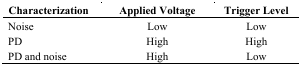
<table><thead><tr><td><b>Characterization</b></td><td><b>Applied Voltage</b></td><td><b>Trigger Level</b></td></tr></thead><tbody><tr><td>Noise</td><td>Low</td><td>Low</td></tr><tr><td>PD</td><td>High</td><td>High</td></tr><tr><td>PD and noise</td><td>High</td><td>Low</td></tr></tbody></table>